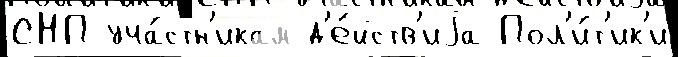
СНП уча́стн'икам д'е́йств'иjа Пол'и́т'ик'и